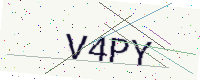
Text: V4PY